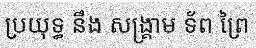
ប្រយុទ្ធ នឹង សង្គ្រាម ទ័ព ព្រៃ